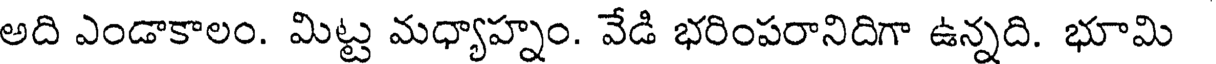
అది ఎండాకాలం. మిట్ట మధ్యాహ్నం. వేడి భరింపరానిదిగా ఉన్నది. భూమి